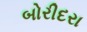
બોરીદરા